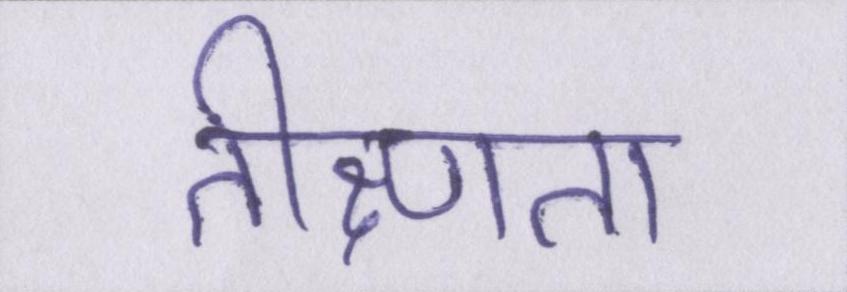
तीक्ष्णता